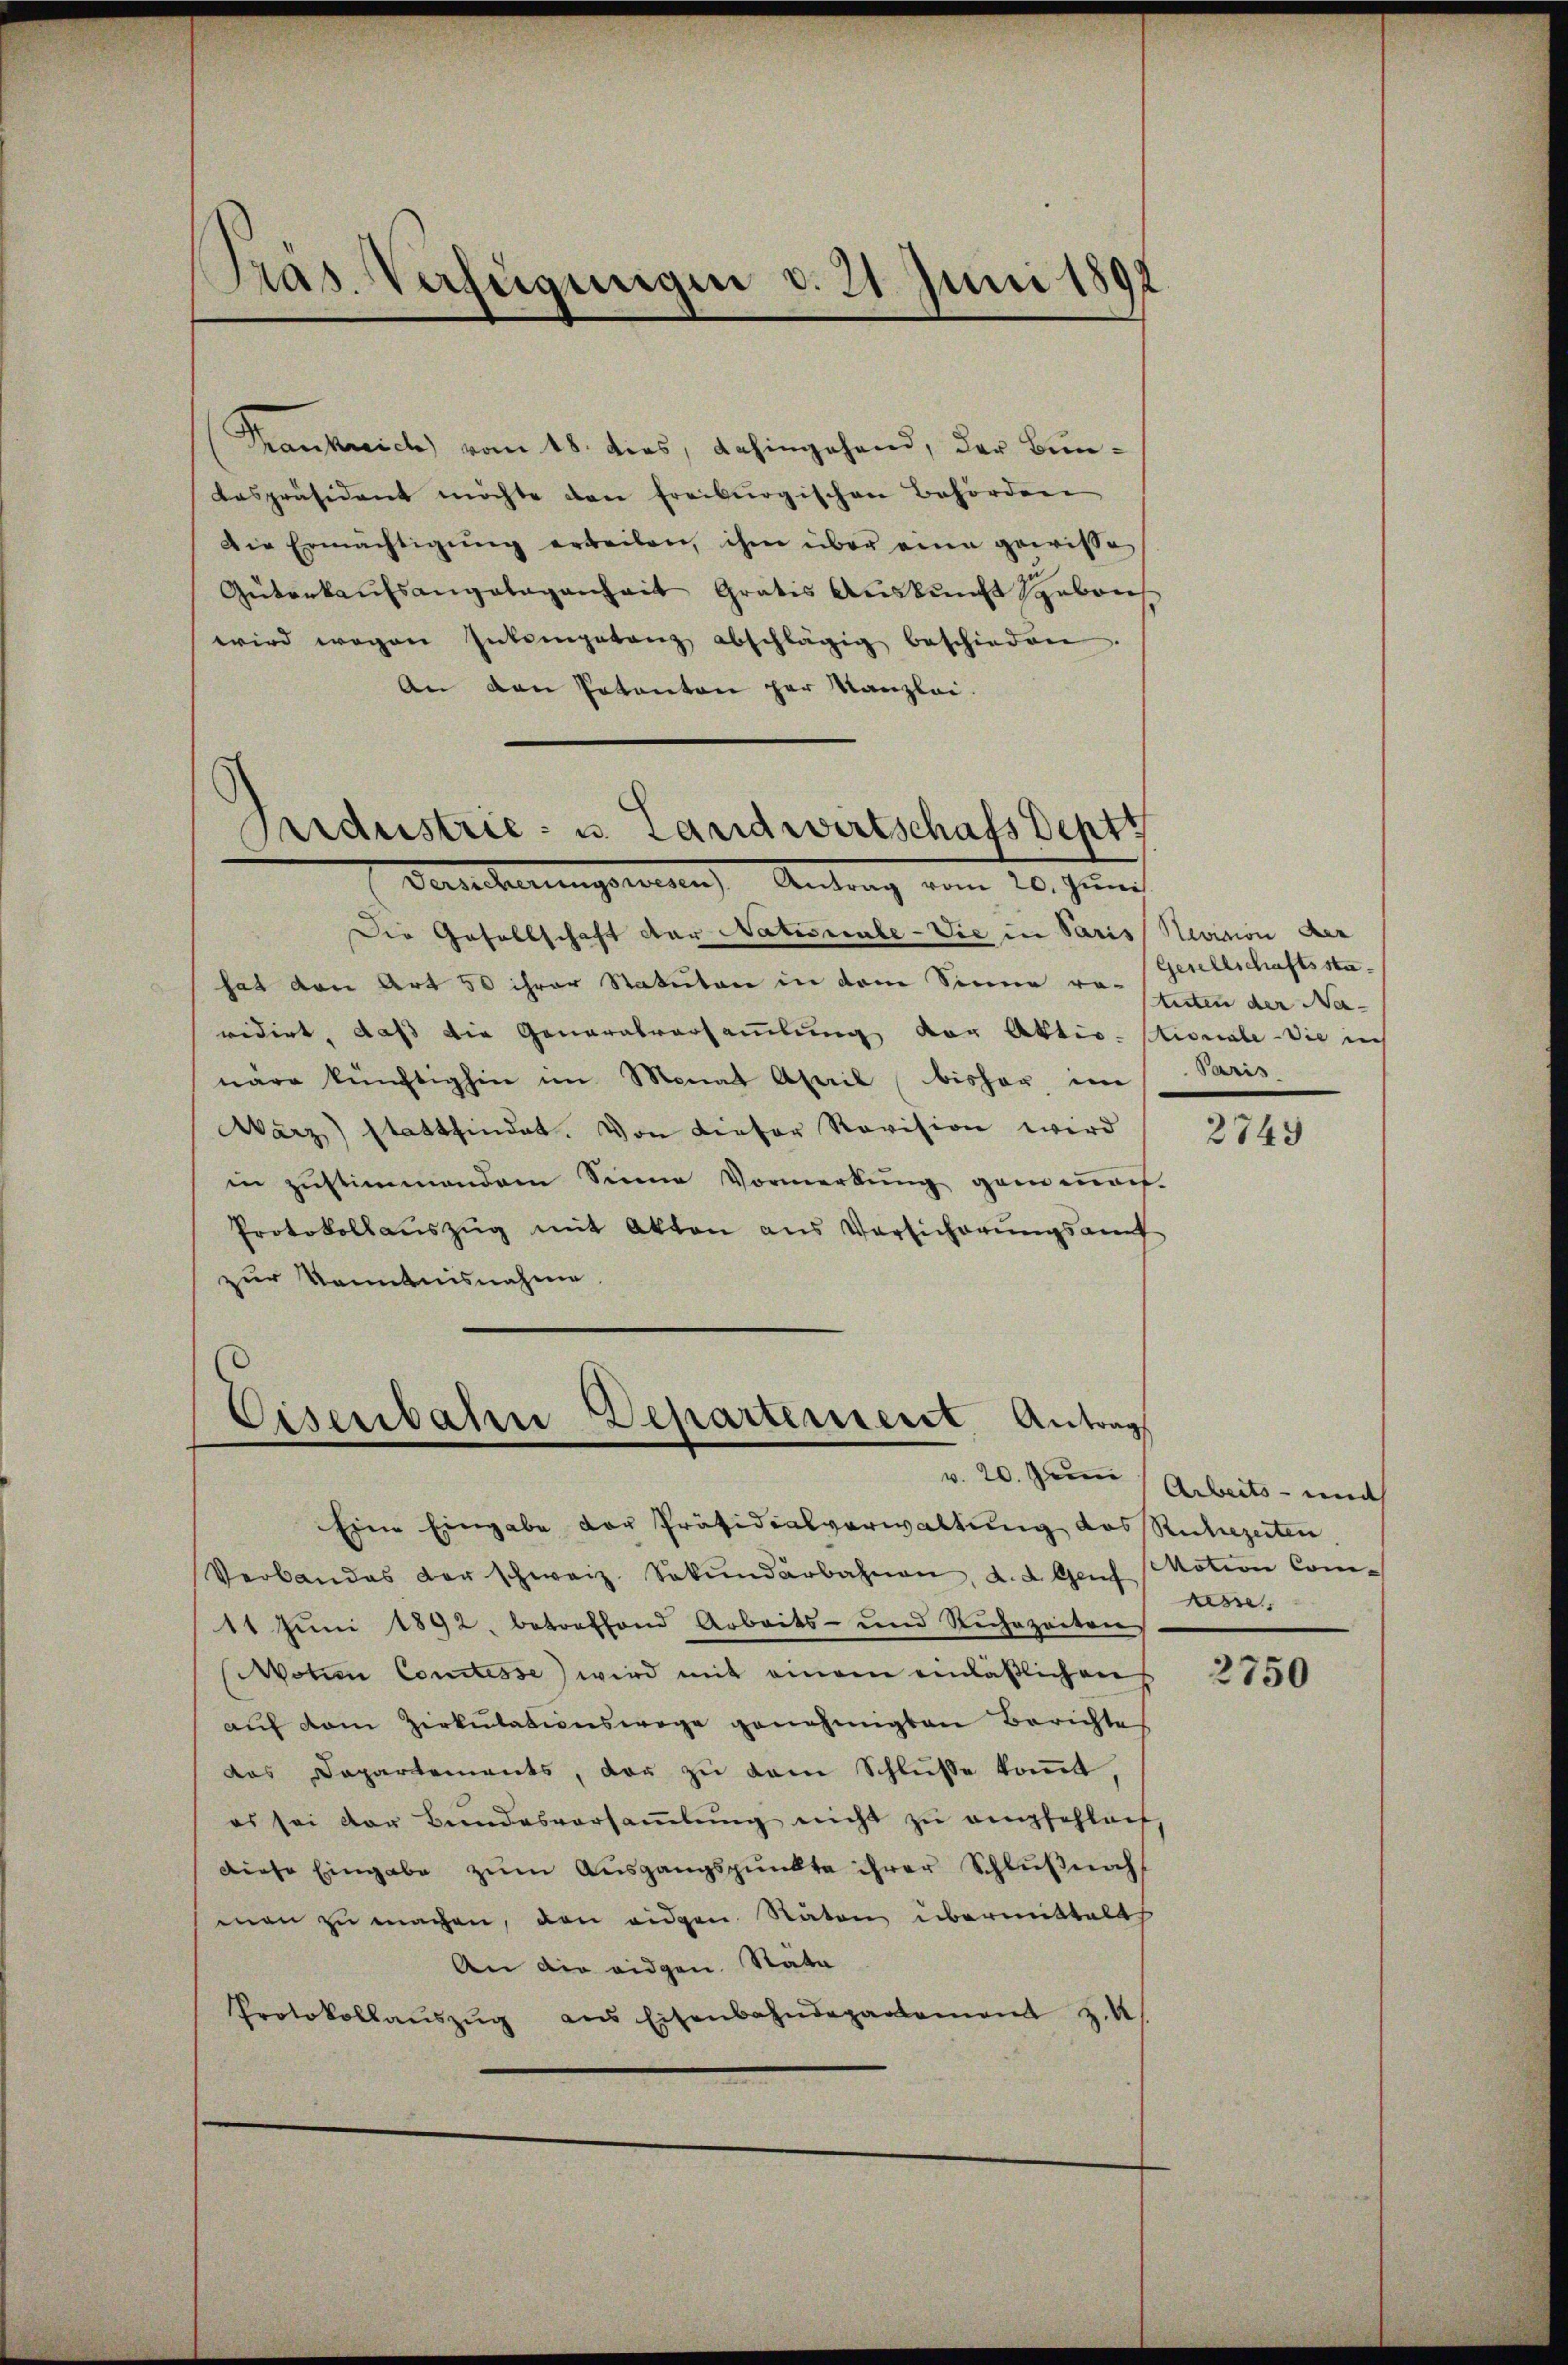
Pras. Verfügungen d. 21. Juni 1892

Frankreich vom 18. dies, dahingehend, der Bunbespräsident möchte den freiburgischen Behördene
Die Ermächtigŭng erbeilen, ihm über eine gewisse
Güterkaŭfsangelegenheit Gratis Aŭskŭnft Sebens
wird wegen Intengetanz abschlägig beschieden.
An den Potenten per Kanzlei.
Versicherungswesen Antrag vom 20. Juni
Die Gesellschaft der Nationale-Vie in Paris
hat den Art 50 ihrer Statuten in dem Sinne re-
vidirt, daß die Generalversammlung der Aktiv-stionale - die ich
näre künftighin im Monat April bisher im
März) stattfindet. Von Liefer Revision wird
in zustimmendem Sinne Vormerkung gemach.
Protokollaŭszŭg mit Akten aus Versicherŭngsamt
zur Kenntnisnahme

Pardustrie- u. Landwirtschafs Deptt

Eisenbahn Departement Antrags

Eine Eingabe der Präsidialverwaltung des Ruhezeiten
Verbandes der schweiz. Sekŭndarbahnen, d. d. Genf Motion Com-
11 Juni 1892, betreffend Arbeits- und Rechtzeiten
(Motien Comtesse) wird mit einem einläßlich auf
auf dem Zirkulationswege genehmigten Berichte
das Departements, der zu dem Schlusse kommt,
es sei der Bŭndesversaṁlŭng nicht zŭ empfehleif
diese Eingabe zŭm Aŭsgangspunkte ihrer Schlŭβnach
man zu machen, den eidgen. Räten übermittelt
An die eidgen. Stäte
Protokollaŭszŭg ans Eisenbahndepartement z. B.

Nevision der
Gesellschaftsstatuten der Na-
Paris

2749

w. 20. Juni Arbeits- und
As

2750